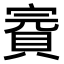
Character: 𧶉